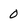
Character: 0